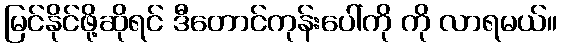
မြင်နိုင်ဖို့ဆိုရင် ဒီတောင်ကုန်းပေါ်ကို ကို လာရမယ်။